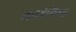
નવરાશના